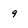
Character: 9